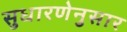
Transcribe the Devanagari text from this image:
सुधारणेनुसार